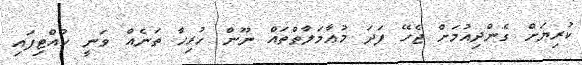
ކުރިޔަށް ގެންދިއުމަށް ޖެހޭ ފަދަ މުޢާމަލާތްތައް ނޫން ހުރިހާ ތަނެއް ވަނީ ހުއްޓިފައި